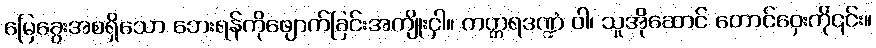
မြေခွေးအစရှိသော ဘေးရန်ကိုဖျောက်ခြင်းအကျိုးငှါ။ ကတ္တရဒဏ္ဍံ ဝါ၊ သူအိုဆောင် တောင်ဝှေးကို၎င်း။